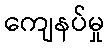
ကျေနပ်မှု